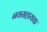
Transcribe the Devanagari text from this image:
नवसहायक